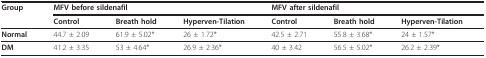
<table><thead><tr><td><b>Group</b></td><td colspan="3"><b>MFV before sildenafil</b></td><td colspan="3"><b>MFV after sildenafil</b></td></tr><tr><td></td><td><b>Control</b></td><td><b>Breath hold</b></td><td><b>Hyperven-Tilation</b></td><td><b>Control</b></td><td><b>Breath hold</b></td><td><b>Hyperven-Tilation</b></td></tr></thead><tbody><tr><td><b>Normal</b></td><td>44.7 ± 2.09</td><td>61.9 ± 5.02*</td><td>26 ± 1.72*</td><td>42.5 ± 2.71</td><td>55.8 ± 3.68*</td><td>24 ± 1.57*</td></tr><tr><td><b>DM</b></td><td>41.2 ± 3.35</td><td>53 ± 4.64*</td><td>26.9 ± 2.36*</td><td>40 ± 3.42</td><td>56.5 ± 5.02*</td><td>26.2 ± 2.39*</td></tr></tbody></table>